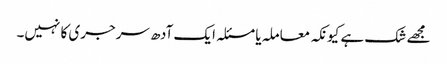
مجھے شک ہے کیونکہ معاملہ یا مسئلہ ایک آدھ سرجری کا نہیں۔